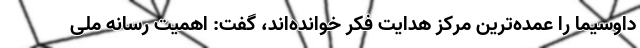
داوسیما را عمده‌ترین مرکز هدایت فکر خوانده‌اند، گفت: اهمیت رسانه ملی